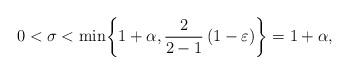
LaTeX: \begin{align*}0 < \sigma < \min\!\left\{ 1+ \alpha, \frac{2}{2-1} \, (1-\varepsilon)\right\} = 1 + \alpha,\end{align*}